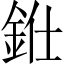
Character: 𨦁